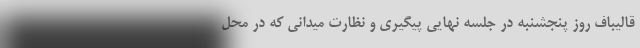
قالیباف روز پنجشنبه در جلسه نهایی پیگیری و نظارت میدانی که در محل